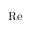
\mathrm { R e }